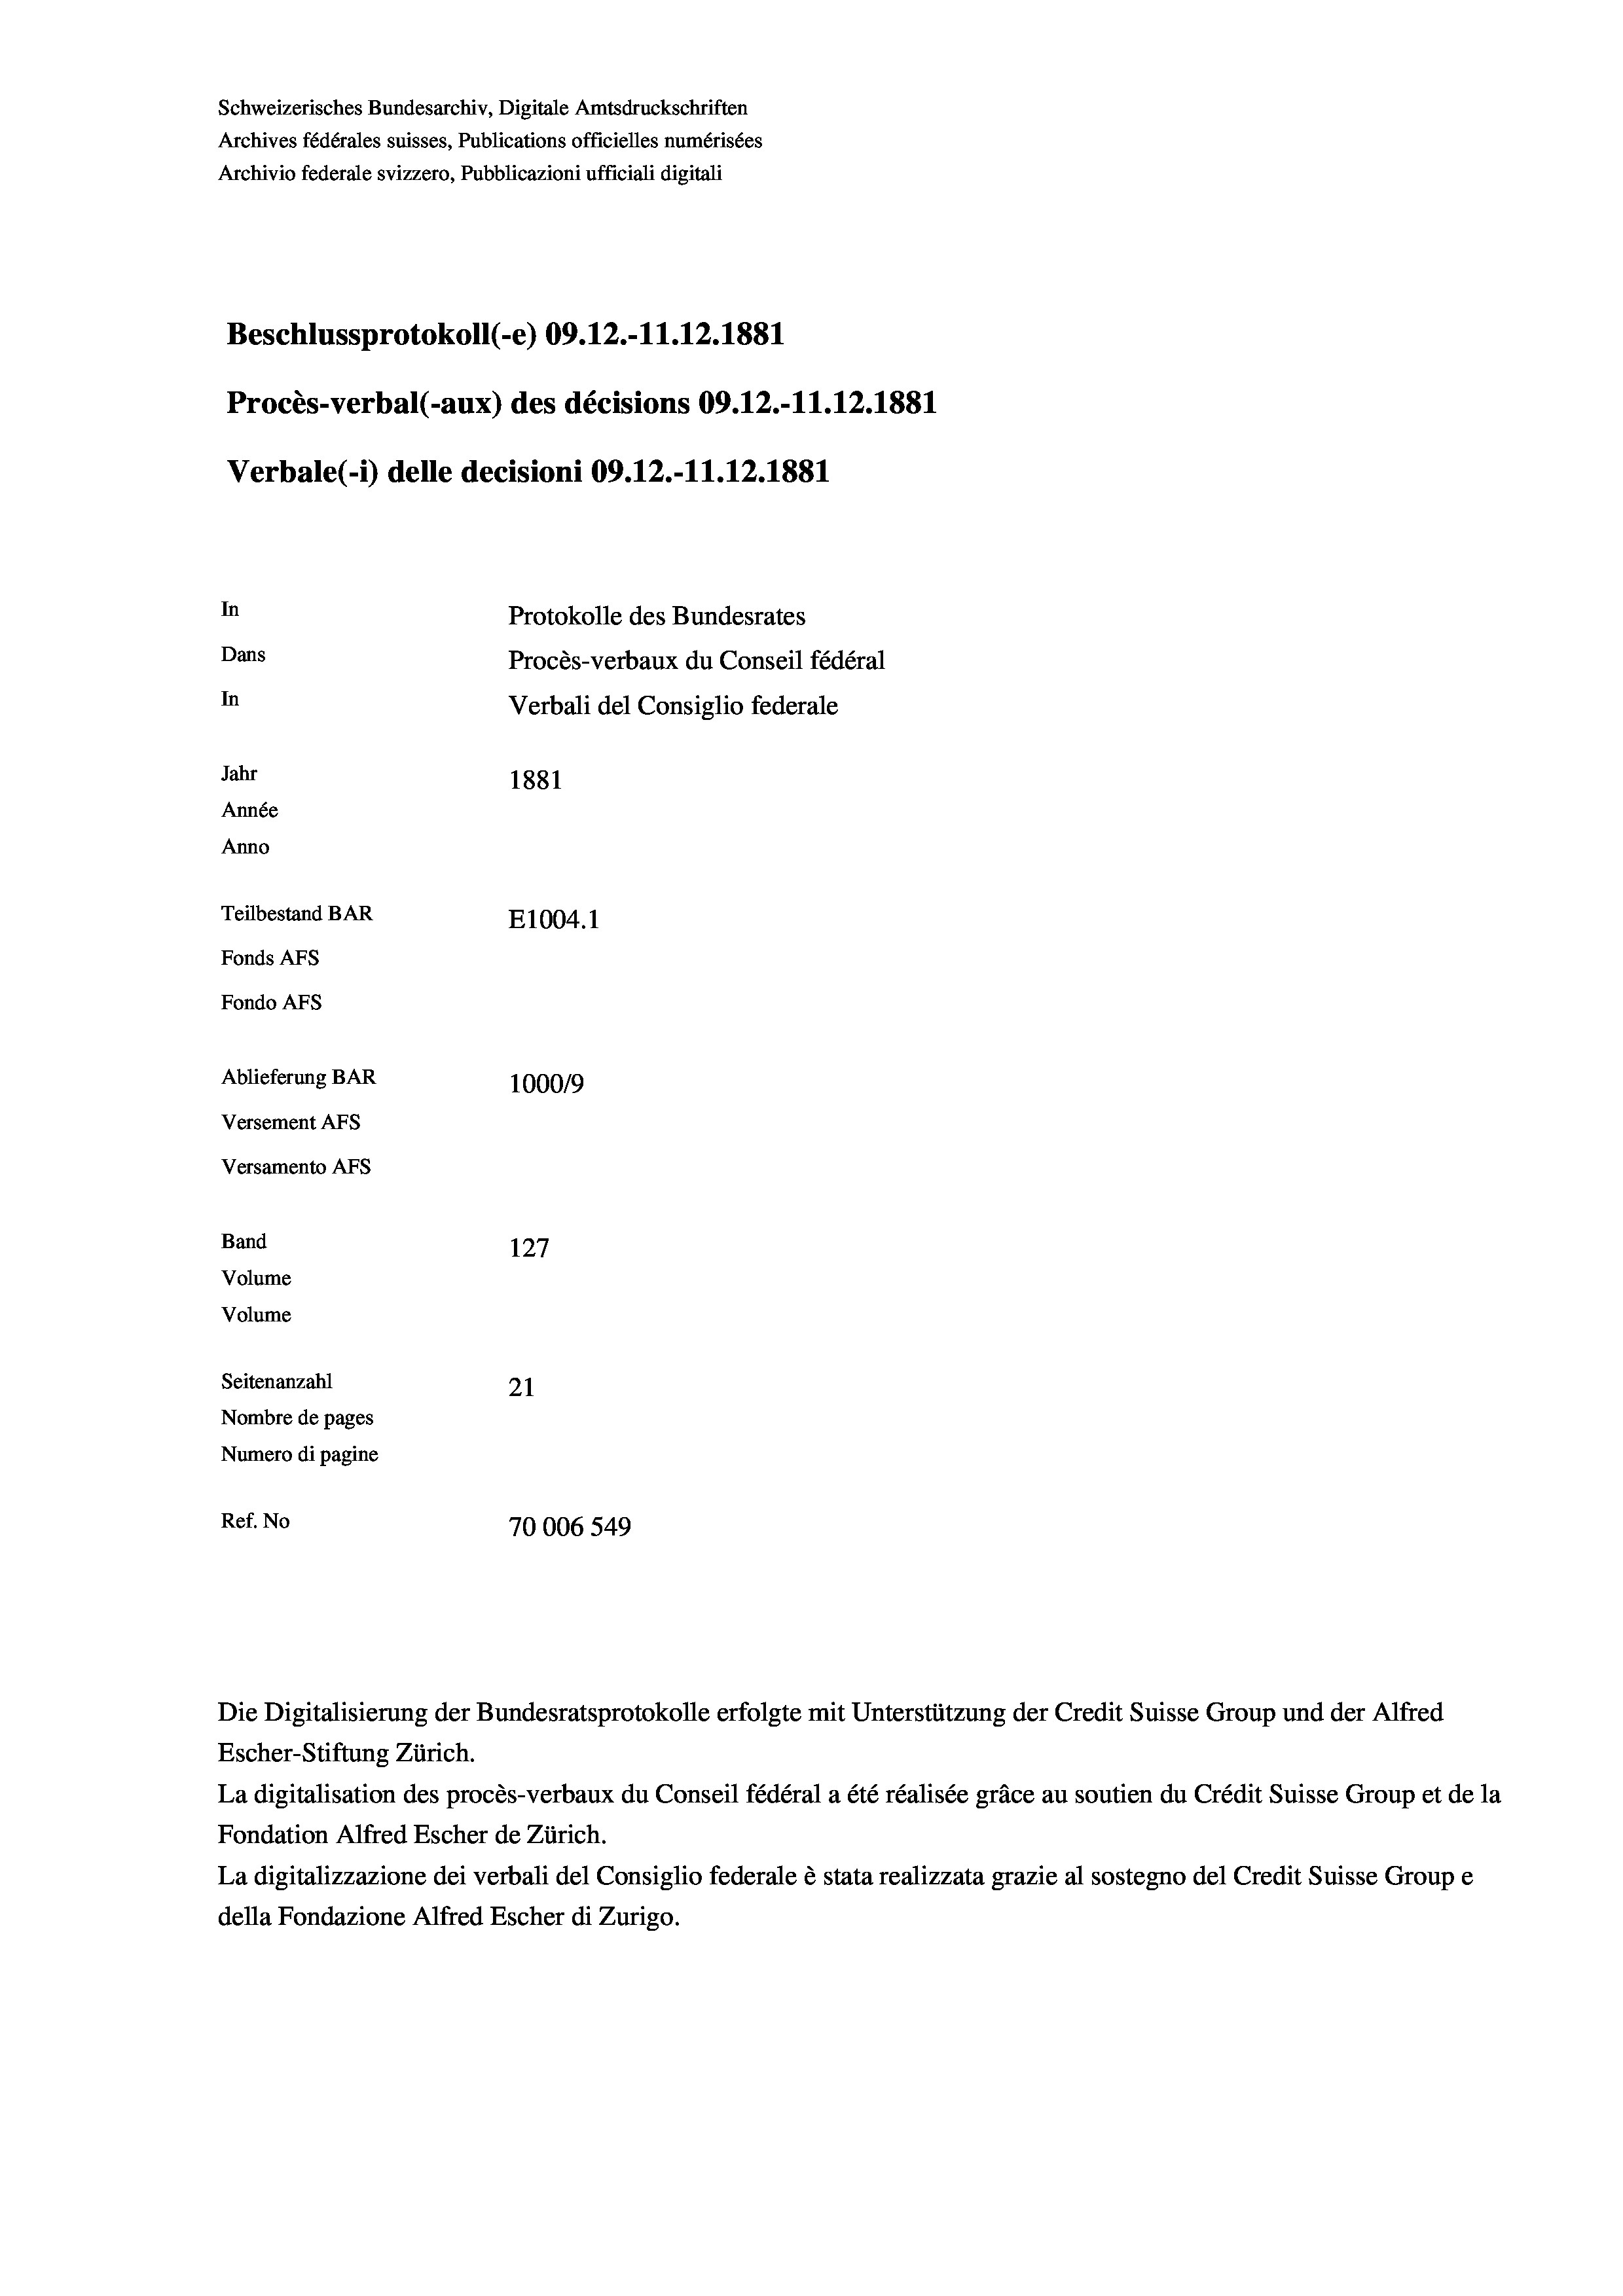
Schweizerisches Bundesarchiv, Digitale Amtsdruckschriften
Archives fédérales suisses, Publications officielles numérisées
Archivio federale svizzero, Pubblicazioni ufficiali digitali
Beschlussprotokoll (-e) 09.12.-11.12.1881
Procès-verbal (-aux) des décisions 09.12.-11.12.1881
Verbale (1) delle decisioni 09.12.-11.12.1881
In
Protokolle des Bundesrates
Dans
Procès-verbaux du Conseil fédéral
In
Verbali del Consiglio federale
Jahr
1881
Année
Anno
Teilbestand BAR
E1004. 1
Fonds AFs
Fondo AFS
Ablieferung BAR
100019
Versement AFs
Versamento Afs

Band
Volume
Volume

127
Seitenanzahl
21
Nombre de pages
Numero di pagine
Ref. No
70006 549

Escher-Stiftung Zürich.
La digitalisation des procès-verbaux du Conseil fédéral a été réalisée gräce au soutien du Crédit Suisse Group et de la
Fondation Alfred Escher de Zürich.
La digitalizzazione dei verbali del Consiglio federale è stata realizzata grazie al sostegno del Credit Suisse Groupe
della Fondazione Alfred Escher di Zurigo.

Die Digitalisierung der Bundesratsprotokolle erfolgte mit Unterstützung der Credit Suisse Group und der Alfred